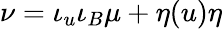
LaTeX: \nu=\iota_{u}\iota_{B}\mu+\eta(u)\eta